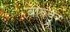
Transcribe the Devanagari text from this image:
बाल्डुर